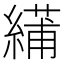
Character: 𫃾